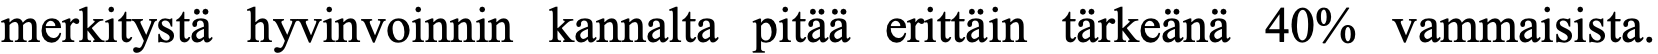
merkitystä hyvinvoinnin kannalta pitää erittäin tärkeänä 40% vammaisista.